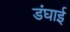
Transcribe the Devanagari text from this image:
डंघाई